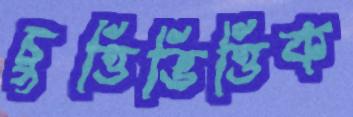
চুত্তিভিত্তিক